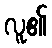
လူ၏